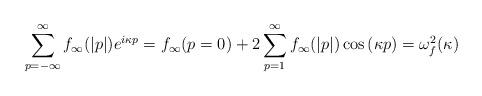
LaTeX: \begin{align*} \sum_{p=-\infty}^{\infty} f_{\infty}(|p|)e^{i\kappa p} = f_{\infty}(p=0) + 2 \sum_{p=1}^{\infty} f_{\infty}(|p|)\cos{(\kappa p)} = \omega_f^2(\kappa)\end{align*}